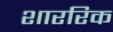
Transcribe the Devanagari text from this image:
शाररिक